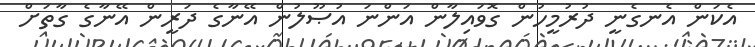
އެކަން އެނގެނީ ދުރުމީހުން ގޮވައިލާން އަންނަ އުޞޫލުން އޭނާގެ ދަރީން އޭނާގެ ގާތަށް